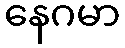
နေဂမာ